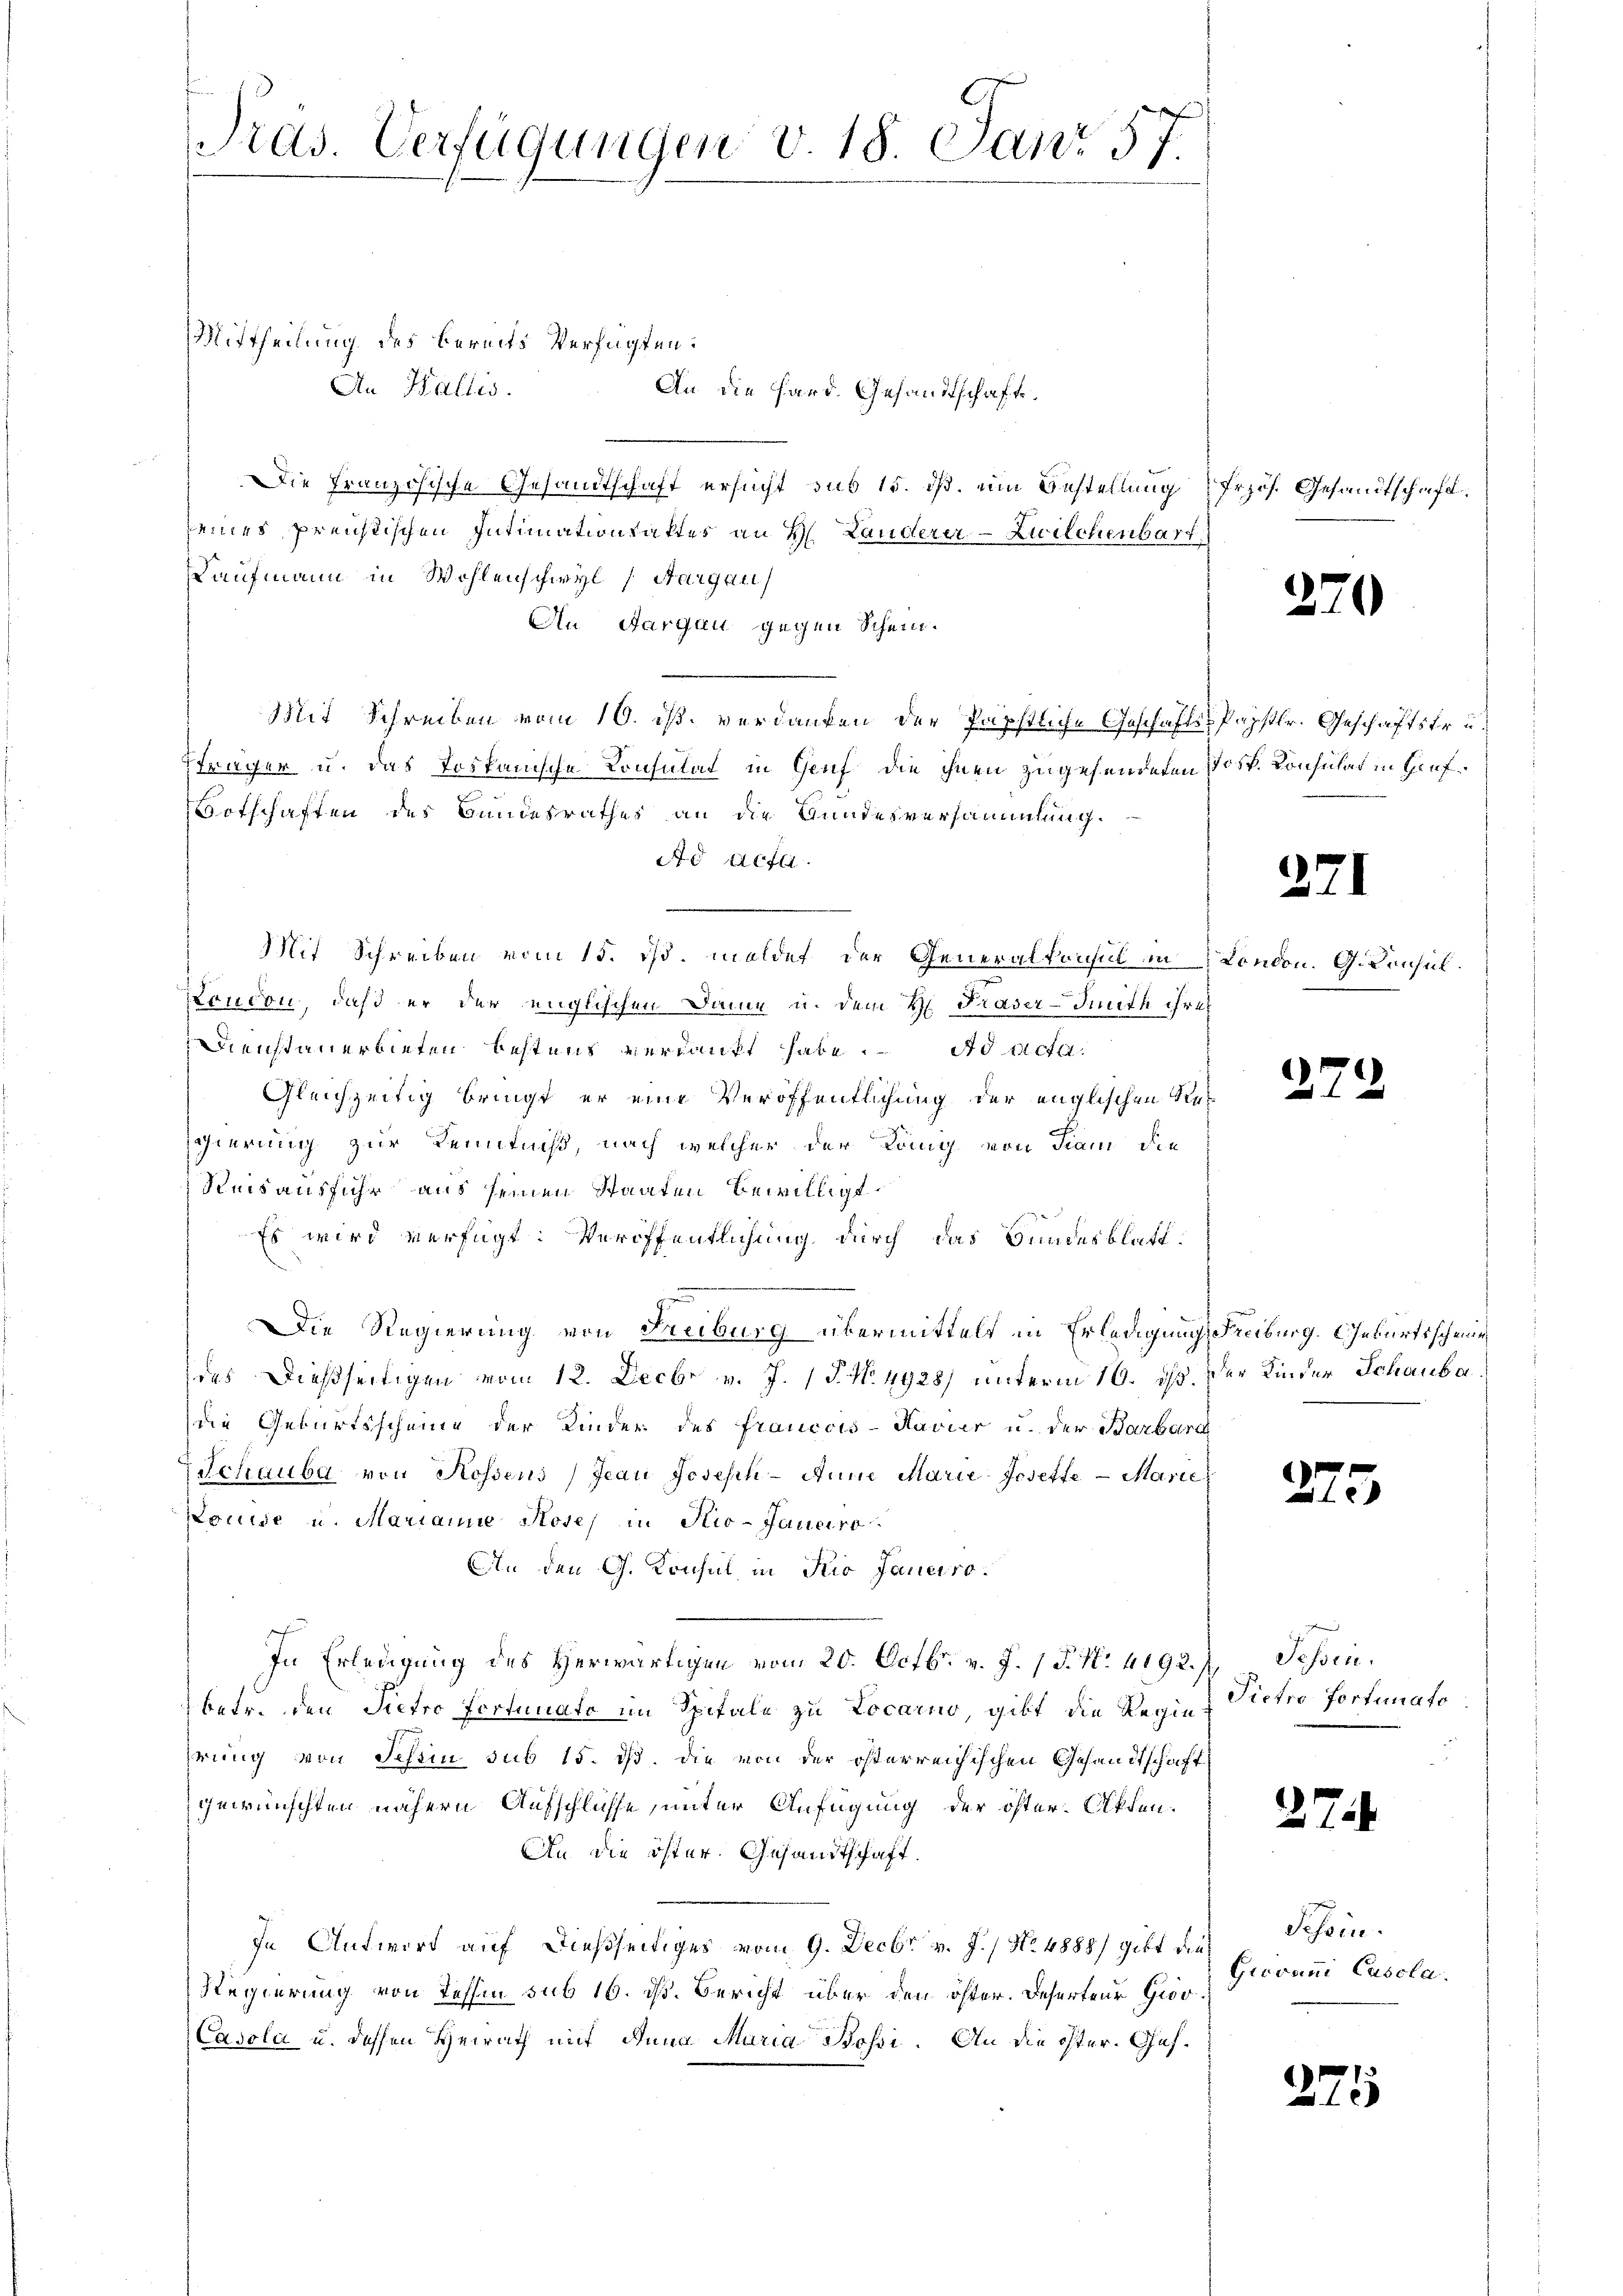
Mittheilung des bereits Verfügten:
An Wallis.
An die Hard. Gesandtschaft.
Die Französische Gesandtschaft ersucht sub 15. dß. um Bestellung
seines Preistischen Intimationsaktes an H. Landerer-Zwilchenbart
Kaufmann in Wohlenschwyl (Aargau
An Aargau gegen Schein.
Mit Schreiben vom 10. ist, verdanken der Päpstliche Geschäfts-Papstr. Geschäftstru¬
Pfräger u. das Tospanische Consulat in Genf die ihnen zugehendeten Jos. Konsulat in Hiefotschaften des Bundesrathes an die Bundesversammlung.
Ad Act
Mit Schreiben vom 15. ds. meldet der Generalkonsul in
sfondon, daß er der englischen Dame u. dem H. Trader-Finith ihres
Dienstanerbieten bestens verdankt habe. Ad Acta.
Gleichzeitig bringt er eine Veröffentlichung der englischen Regierung zur Kenntniß, nach welcher der Köng von Tran die
Reis ausfuhr aus seinen Staaten bewilligt.
Es wird verfügt: Veröffentlichung durch das Bundesblatt.
z
Die Regierung von Freiburg übermittelt in Erledigung Freiburg. Geburtsscheine
des dießseitigen vom 12. Decbr v. J. 18. No. 4928) unterm 16. ds.
die Geburtsscheine der Kinder des francois-Havier u. der Barbard
Schaube von Rossens Jean Joseph-Anne Marie-Josette Marie
Louise u. Marianne Hose in Rio-Janeiro
An den G. Konsul in Kio Janeiro
In Erledigung des Herwärtigen vom 20. Octbr. v. J. P. N. 4192. 1. Tessin.
betr. den Pietro fertinato im Spitale zu Locarno, gibt die Regie
hrung von Schein sub 15. ds. die von der österreichischen Gesandtschaft
gewünschten nähern Aufschlüsse, unter Anfügung der öster Akten.
An die öster. Gesandtschaft.
In Antwort auf dießseitiges vom 9. Decbr v. J. / No. 4888) gibt die
Regierung von Tessin sub 16. ds. Bericht über den öster. Deserteur Gro
Casola u. dessen Heirath mit Anna Maria Bossi. An die öster. Ges¬

Tras. Verfügungen v. 18. Janr 57.

frzös. Gesandtschaft.

370

371

London, G. Consul

2

der Kinder Schauba

27

Pietro fortunato

27

Schein.
Giovani Casola

275